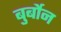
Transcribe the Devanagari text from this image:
बुर्बोन